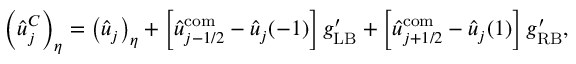
\left( \hat { u } _ { j } ^ { C } \right) _ { \eta } = \left( \hat { u } _ { j } \right) _ { \eta } + \left[ \hat { u } _ { j - 1 / 2 } ^ { \mathrm { c o m } } - \hat { u } _ { j } ( - 1 ) \right] g _ { \mathrm { L B } } ^ { \prime } + \left[ \hat { u } _ { j + 1 / 2 } ^ { \mathrm { c o m } } - \hat { u } _ { j } ( 1 ) \right] g _ { \mathrm { R B } } ^ { \prime } , \